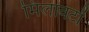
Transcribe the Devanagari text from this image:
मिलावटों